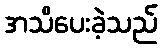
အသိပေးခဲ့သည်